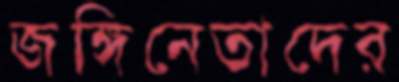
জঙ্গিনেতাদের